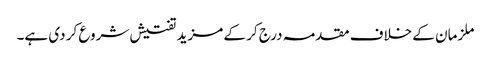
ملزمان کے خلاف مقدمہ درج کر کے مزید تفتیش شروع کر دی ہے۔